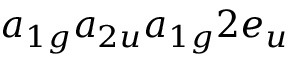
a _ { 1 g } a _ { 2 u } a _ { 1 g } 2 e _ { u }